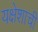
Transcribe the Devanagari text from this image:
यक्षेशाची